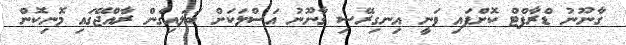
ގާނޫނު ޑްރާފްޓް ކޮށްފައި ވަނީ އިނގިރޭސި ގާނޫނު އަސްލަކަށް ބަލައިގެން ރާއްޖޭގައި މޮނިކޮން